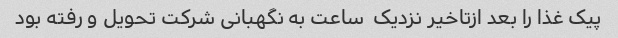
پیک غذا را بعد ازتاخیر نزدیک  ساعت به نگهبانی شرکت تحویل و رفته بود